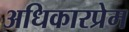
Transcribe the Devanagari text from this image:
अधिकारप्रेम